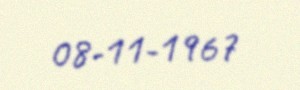
08-11-1967